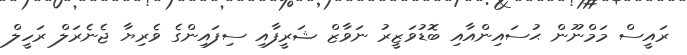
ރައީސް މަމްނޫން ޙުސައިންއާއި ބޮޑުވަޒީރު ނަވާޒް ޝަރީފާއި ސިފައިންގެ ވެރިޔާ ޖެނެރަލް ރަހީލް